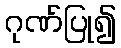
ဂုဏ်ပြု၍